Indian journal of veterinary science and animal husbandry - Volumes 18-21, 1948-1951
Year: 1948
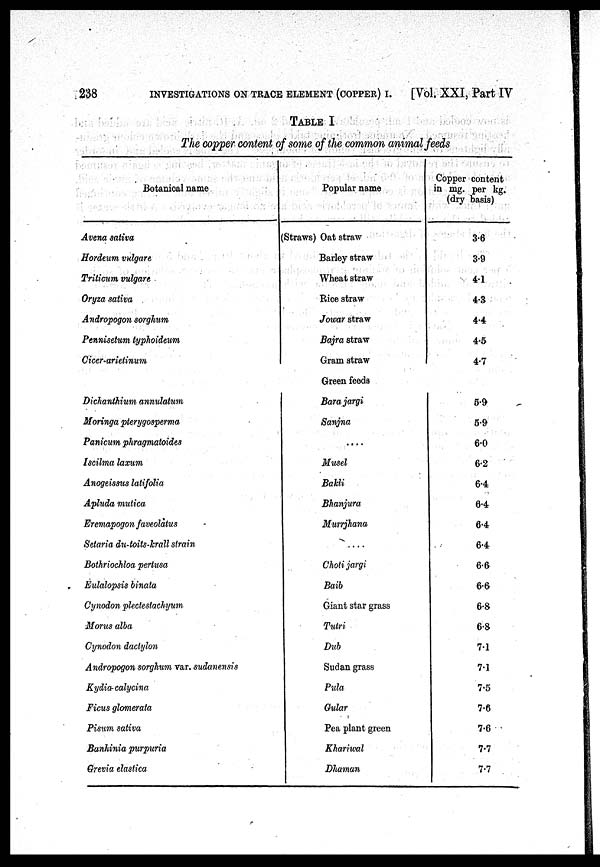
238
INVESTIGATIONS ON TRACE ELEMENT (COPPER) I.
[Vol. XXI, Part IV
TABLE I
The copper content of some of the common animal feeds
Botanical name
Avena sativa
Hordeum vulgare
Triticum vulgare
Oryza sativa
Andropogon sorghum
Pennisetum typhoideum
Cicer-arietinum
Dichanthium annulatum
Moringa pterygosperma
Panicum phragmatoides
Iscilma laxum
Anogeissus latifolia
Apluda mulica
Eremapogon faveolatus
Setaria du-toits-krall strain
Bothriochloa pertusa
Eulalopsis binata
Cynodon plectestachyum
Morus alba
Cynodon dactylon
Andropogon sorghum var. sudanensis
Kydia-calycina
Ficus glomerala
Pisum sativa
Banhinia purpuria
Grivia elastica
Popular name
Straws) Oat straw
Barley straw
Wheat straw
Rice straw
Jowar straw
Bajra straw
Gram straw
Green feeds
Bara jargi
Sanjna
....
Musel
Bakli
Bhanjura
Murrjhana
....
Choti jargi
Baib
Giant star grass
Tutri
Dub
Sudan grass
Pula
Gular
Pea plant green
Khariwal
Dhaman
Copper content
in mg. per kg.
(dry basis)
3.6
3.9
4.1
4.3
4.4
4.5
4.7
5.9
5.9
6.0
6.2
6.4
6.4
6.4
6.4
6.6
6.6
6.8
6.8
7.1
7.1
7.5
7.6
7.6
7.7
7.7